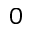
0